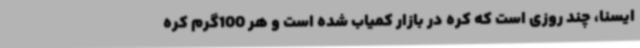
ایسنا، چند روزی است که کره در بازار کمیاب شده است و هر 100گرم کره